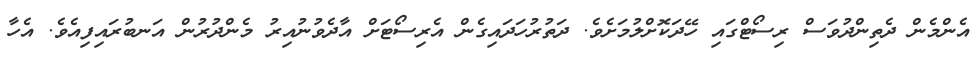
އެންމެން ދެތިންދުވަސް ރިސޯޓްގައި ހޭދަކޮށްލުމަށެވެ. ދަތުރުހަދައިގެން އެރިސޯޓަށް އާދެވުނުއިރު މެންދުރުން އަނބުރައިފިއެވެ. އެހާ